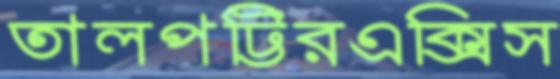
তালপট্টিরএক্সিস